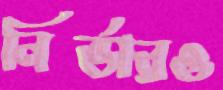
নির্ভারও